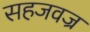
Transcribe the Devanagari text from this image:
सहजवज्र